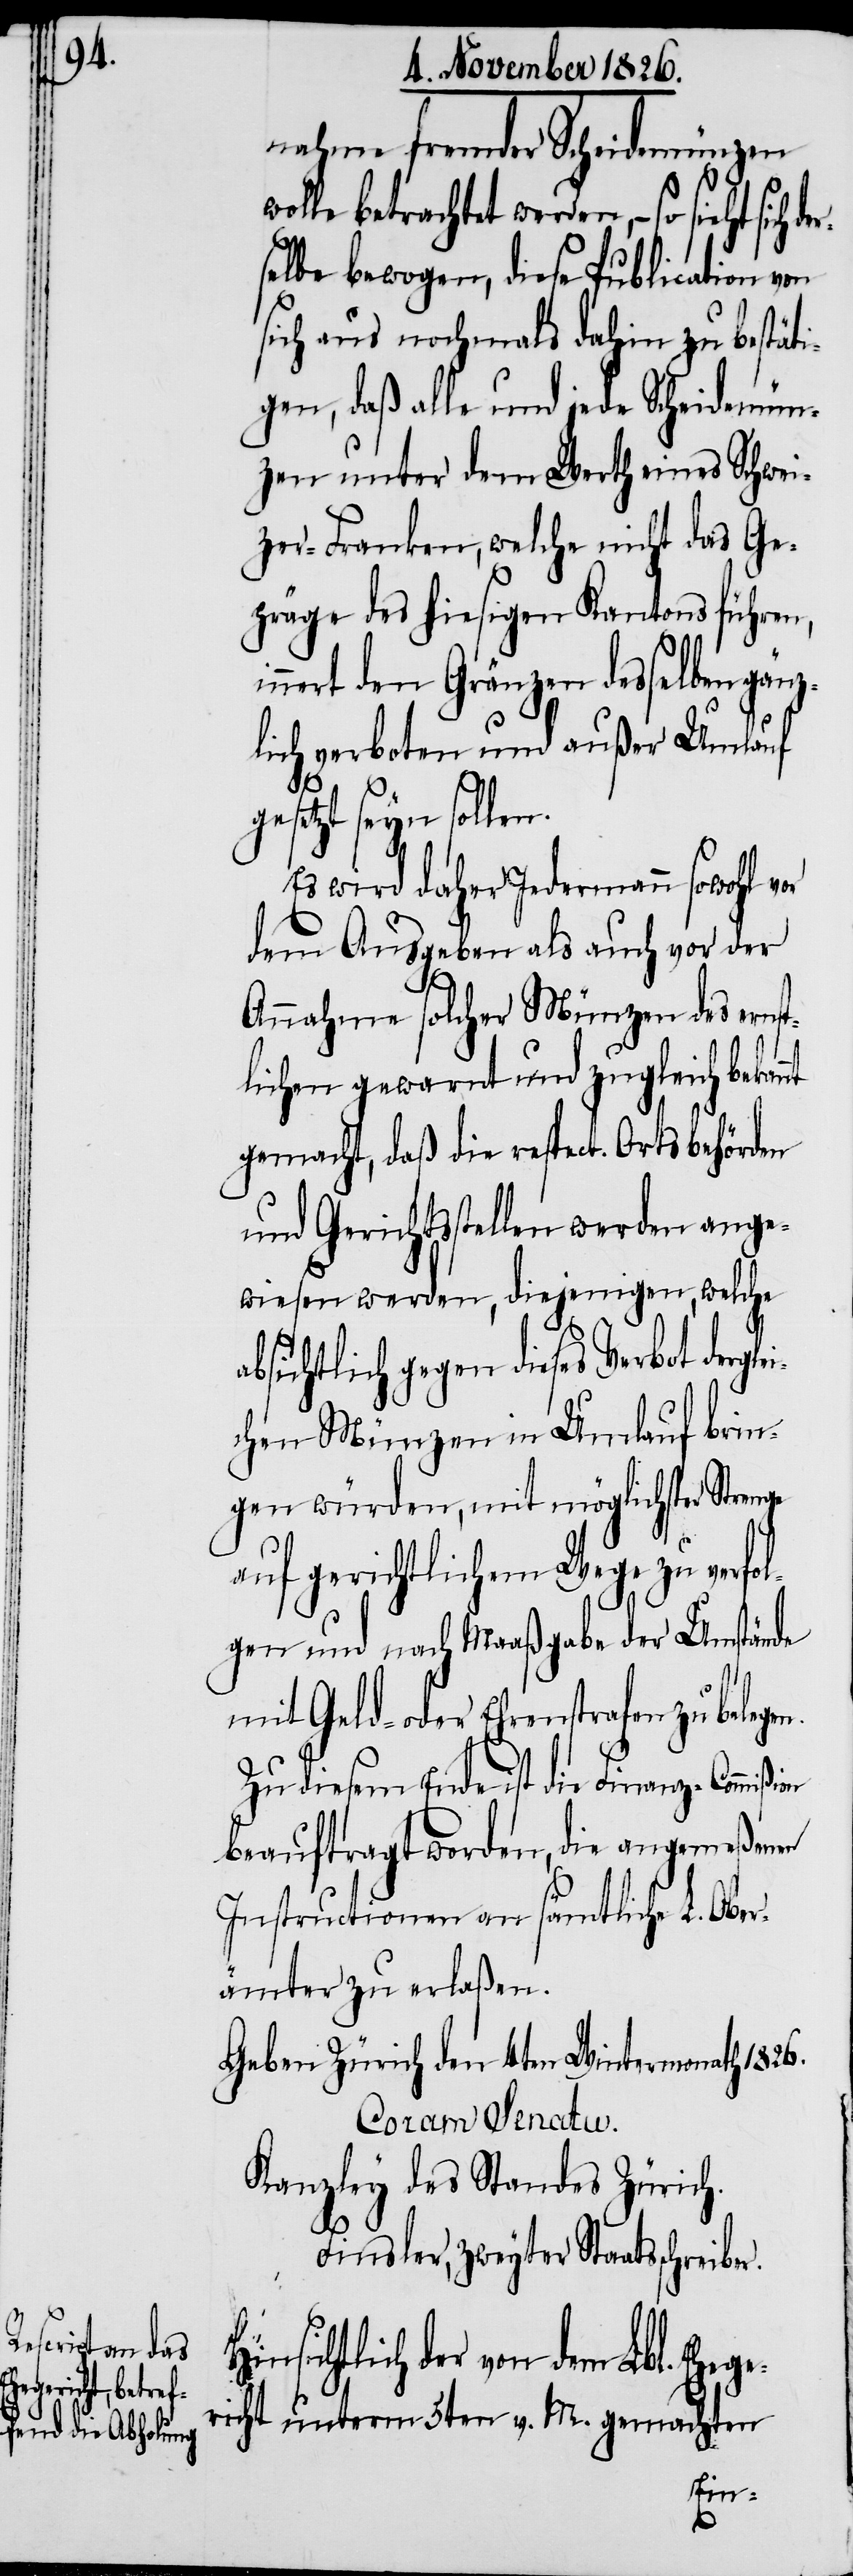
r.

sich der¬

nahme fremder Scheidemünzen
betrachtet werden, – so sieht
selbe bewogen, diese Publication von
sich aus nochmals dahin zu bestäti¬
gen, daß alle und jede Scheidemün¬
zen unter dem Werth eines Schwei¬
zer-Franken, welche nicht das Ge¬
präge des hiesigen Kantons führen,
nert den Gränzen desselben
lich verboten und außer Umlauf
gesetzt seyn sollen.
Es wird daher Jedermann sowohl vor
dem Ausgeben als auch vor der
Annahme solcher Münzen des erns¬
tlichen gewarnt und zugleich bekannt
gemacht, daß die respect. Ortsbehörden
und Gerichtsstellen werden ange¬
wiesen werden, diejenigen, welche
absichtlich gegen dieses Verbot dergle¬
ichen Münzen in Umlauf brin¬
gen würden, mit möglichster Strenge
auf gerichtlichem Wege zu verfo¬
lgen und nach Maaßgabe der Umstände
mit Geld- oder Ehrenstrafen zu belege¬
Zu diesem Ende ist die Finanz-Commißion
beauftragt worden, die angemeßenen
Instructionen in sämtliche L. Obe¬
rämter zu erlaßen.
Geben Zürich den 4ten Wintermonath 1826.
Coram Senatu.
Kanzley des Standes Zürich.
Finsler, zweyter Staatsschreibe¬
sichtlich der von dem Lbl. Eheg¬
ericht unterm 5ten v. M. gemachten
Hin¬